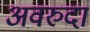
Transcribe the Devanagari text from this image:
अवरुदा